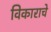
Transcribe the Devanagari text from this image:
विकाराचे